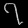
Digit: ၇